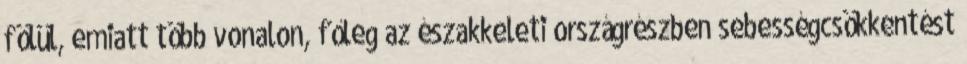
fölül, emiatt több vonalon, főleg az északkeleti országrészben sebességcsökkentést